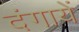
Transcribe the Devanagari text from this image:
दंगायें